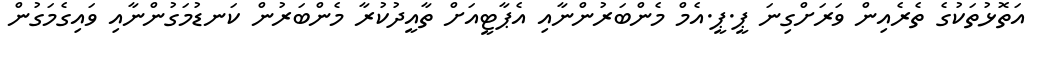
އަތޮޅުތަކުގެ ތެރެއިން ވަރަށްގިނަ ޕީ.ޕީ.އެމް މެންބަރުންނާއި އެޕާޓީއަށް ތާއީދުކުރާ މެންބަރުން ކަނޑުމަގުންނާއި ވައިގެމަގުން